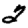
Digit: 2